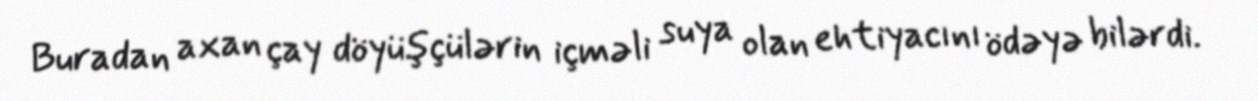
Buradan axan çay döyüşçülərin içməli suya olan ehtiyacını ödəyə bilərdi.